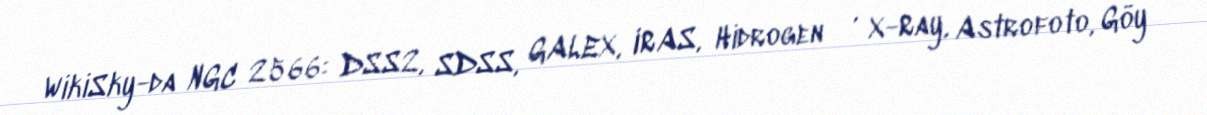
WikiSky-da NGC 2566: DSS2, SDSS, GALEX, IRAS, Hidrogen α, X-Ray, Astrofoto, Göy